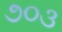
૭૦૩